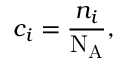
c _ { i } = { \frac { n _ { i } } { \mathrm { N _ { A } } } } ,